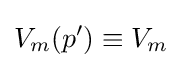
V_{m}(p')\equiv V_{m}